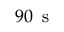
9 0 \, \mathrm { ~ s ~ }